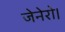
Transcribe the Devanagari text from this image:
जेनेरो।